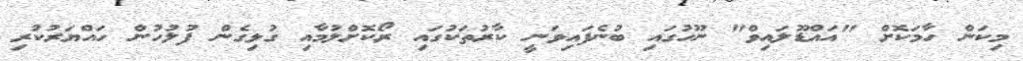
މިކަން ހާމަކޮށް "އައްޑޫލައިވް" ނޫހުގައި ބުނެފައިވަނީ ކާރުތަކުގައި ރޯކޮށްލުމާއި ގުޅިގެން ފުލުހުން ހައްޔަރުކުރި